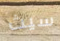
سيث